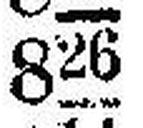
826